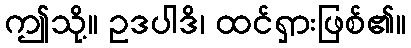
ဤသို့။ ဥဒပါဒိ၊ ထင်ရှားဖြစ်၏။